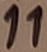
Text: 11